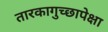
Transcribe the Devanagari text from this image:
तारकागुच्छापेक्षा